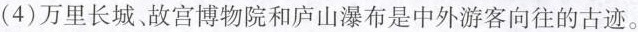
(4)万里长城、故宫博物院和庐山瀑布是中外游客向往的古迹。